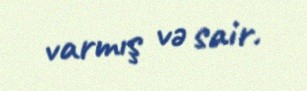
varmış və sair.